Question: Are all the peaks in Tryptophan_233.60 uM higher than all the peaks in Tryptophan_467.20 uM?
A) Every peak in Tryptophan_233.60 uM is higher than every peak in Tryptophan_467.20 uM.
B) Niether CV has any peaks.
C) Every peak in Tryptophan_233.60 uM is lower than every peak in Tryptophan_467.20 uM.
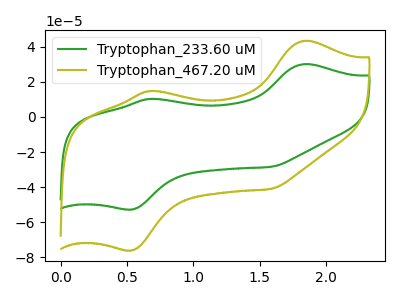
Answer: <think>The green curve "Tryptophan_233.60 uM" has anodic peaks at (1.85V, 30.05uA) (0.70V, 10.25uA) and cathodic peaks at (0.55V, -52.70uA) (1.60V, -28.40uA). The olive curve "Tryptophan_467.20 uM" has anodic peaks at (1.85V, 43.30uA) (0.70V, 14.80uA) and cathodic peaks at (0.55V, -75.95uA) (1.60V, -40.90uA).</think>
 <answer>C) Every peak in "Tryptophan_233.60 uM" is lower than every peak in "Tryptophan_467.20 uM".</answer>
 <eval>C</eval>